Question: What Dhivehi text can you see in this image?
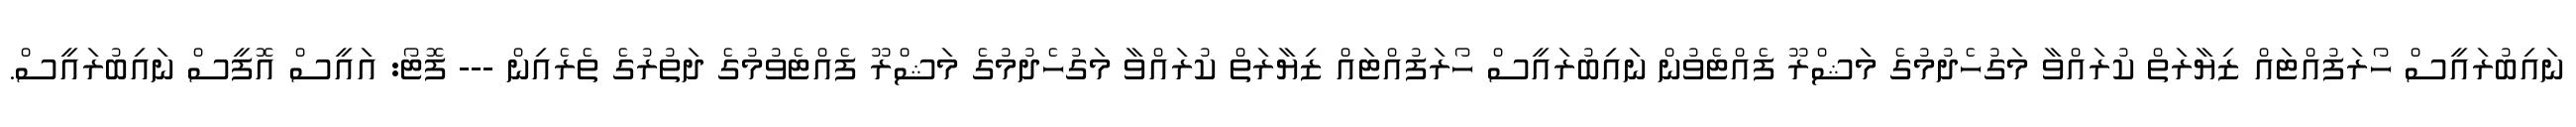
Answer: ނައިބުރައީސް ހޯރަފުއްޓައް ޒިޔާރަތް ކުރައްވާ މަގުހެދުމުގެ މަޝްރޫ ފެއްޓެވުން ނައިބުރައީސް ހޯރަފުއްޓައް ޒިޔާރަތް ކުރައްވާ މަގުހެދުމުގެ މަޝްރޫ ފެއްޓެވުމުގެ ދަތުރުގެ ތެރެއިން --- ފޮޓޯ: އައީސް އޮފީސް ނައިބުރައީސް.